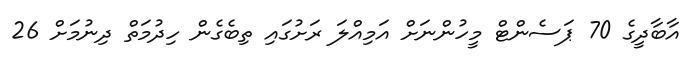
އާބާދީގެ 70 ޕަސެންޓް މީހުންނަށް އަމިއްލަ ރަށުގައި ތިބެގެން ހިދުމަތް ދިނުމަށް 26